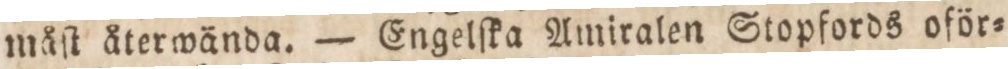
måſt återwända. — Engelſka Amiralen Stopfords oför=